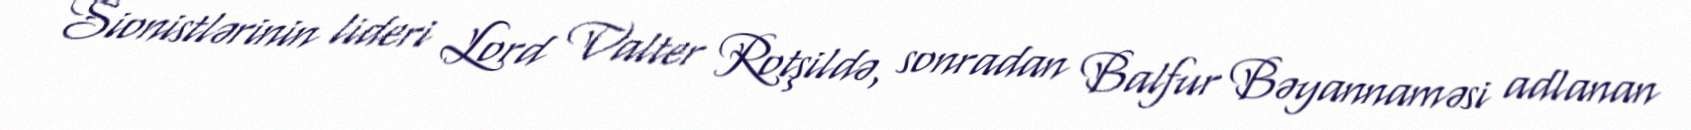
Sionistlərinin lideri Lord Valter Rotşildə, sonradan Balfur Bəyannaməsi adlanan